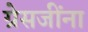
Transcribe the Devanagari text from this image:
ग्रेसजींना